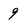
Character: 9